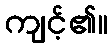
ကျင့်၏။